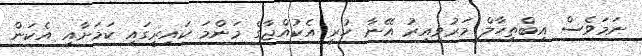
ނަމަވެސް އިބްތިހާލް މަރުވިއިރު އޭނާ ހުރީ އެކުއްޖާގެ މަންމަ ކައިރީގައި ކަމަށާއި އެކަން